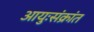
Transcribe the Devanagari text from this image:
आयुःसंक्रांत